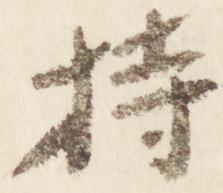
持